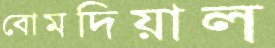
বোমদিয়াল